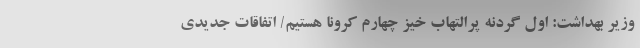
وزیر بهداشت: اول گردنه پرالتهاب خیز چهارم کرونا هستیم/ اتفاقات جدیدی